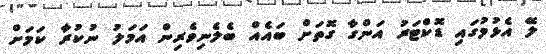
ލޭ އެޅުމުގައި ޑޮކްޓަރު އަންގާ ގޮތަށް ބައެއް ބެލެނިވެރިން އަމަލު ނުކުރާ ކަމަށް